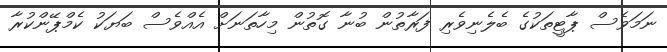
ނަމަވެސް ޕާޓީތަކުގެ ބެލެނިވެރި ފަރާތުން ބުނާ ގޮތުން މިހާތަނަށް އެއްވެސް ބަޔަކު ކެމްޕޭންކުރާ